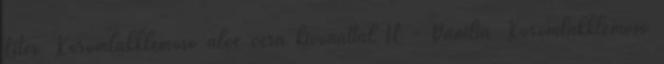
Liter Körömlakklemosó aloe vera kivonattal 1L - Vanilia Körömlakklemosó